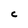
Character: C